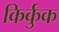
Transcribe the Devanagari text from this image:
किर्कुक